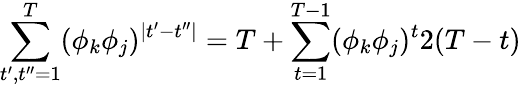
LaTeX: \sum_{t^{\prime},t^{\prime\prime}=1}^{T}(\phi_{k}\phi_{j})^{\mid t^{\prime}-t^{\prime\prime}\mid}=T+\sum_{t=1}^{T-1}(\phi_{k}\phi_{j})^{t}2(T-t)